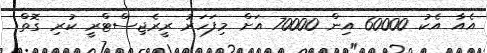
އެއާ އެކު 60000 އިން 70000 އަށް މިފަހަރު ރީރެޖިސްޓްރީ ކުރި ގޮތް